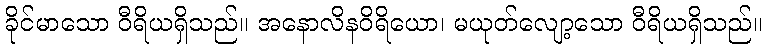
ခိုင်မာသော ဝီရိယရှိသည်။ အနောလိနဝိရိယော၊ မယုတ်လျော့သော ဝီရိယရှိသည်။